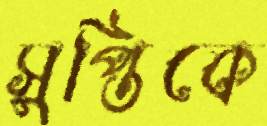
সুপ্তিকে